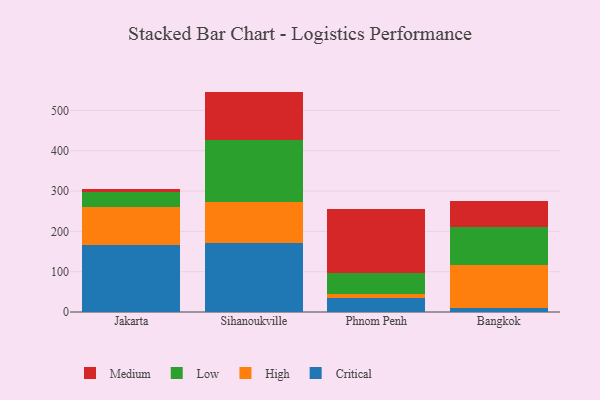
{"axis": {"x": "City", "y": "Waste Production (Tons)"}, "legend": ["Critical", "High", "Low", "Medium"], "data": [{"x": "Jakarta", "y": 166.1, "type": "Critical"}, {"x": "Jakarta", "y": 94.3, "type": "High"}, {"x": "Jakarta", "y": 37.0, "type": "Low"}, {"x": "Jakarta", "y": 8.9, "type": "Medium"}, {"x": "Sihanoukville", "y": 170.0, "type": "Critical"}, {"x": "Sihanoukville", "y": 103.0, "type": "High"}, {"x": "Sihanoukville", "y": 153.6, "type": "Low"}, {"x": "Sihanoukville", "y": 120.1, "type": "Medium"}, {"x": "Phnom Penh", "y": 33.8, "type": "Critical"}, {"x": "Phnom Penh", "y": 10.5, "type": "High"}, {"x": "Phnom Penh", "y": 52.1, "type": "Low"}, {"x": "Phnom Penh", "y": 158.0, "type": "Medium"}, {"x": "Bangkok", "y": 10.7, "type": "Critical"}, {"x": "Bangkok", "y": 106.0, "type": "High"}, {"x": "Bangkok", "y": 95.3, "type": "Low"}, {"x": "Bangkok", "y": 62.7, "type": "Medium"}]}